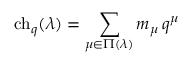
\mathrm { c h } _ { q } ( \lambda ) = \sum _ { \mu \in \Pi ( \lambda ) } m _ { \mu } \, q ^ { \mu }